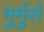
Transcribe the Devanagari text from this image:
मुर्मुर्स